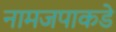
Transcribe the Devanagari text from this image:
नामजपाकडे